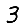
Digit: 3